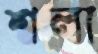
শলা